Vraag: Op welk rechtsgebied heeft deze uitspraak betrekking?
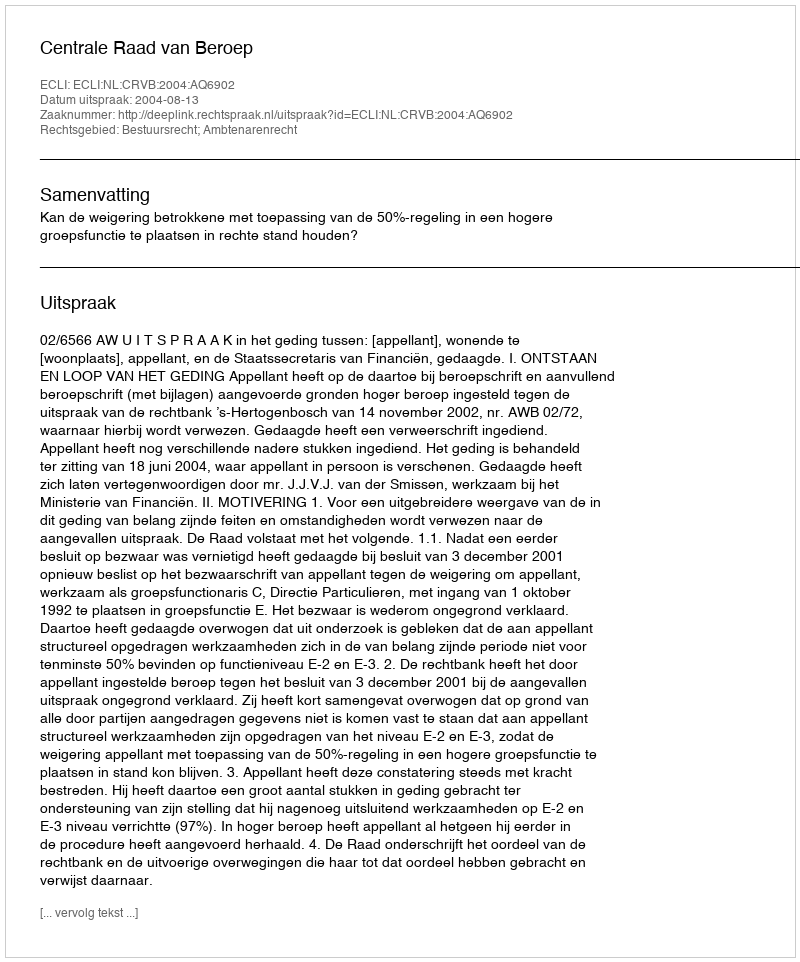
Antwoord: Bestuursrecht; Ambtenarenrecht